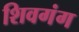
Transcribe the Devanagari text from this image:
शिवगंग